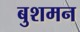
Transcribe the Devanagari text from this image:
बुशमन